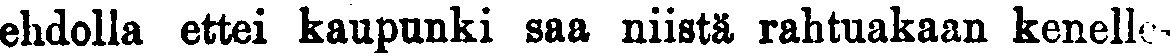
ehdolla ettei kaupunki saa niistä rahtuakaan kenelle-